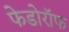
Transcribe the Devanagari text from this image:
फेडोरॉफ